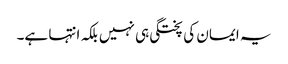
یہ ایمان کی پختگی ہی نہیں بلکہ انتہا ہے۔